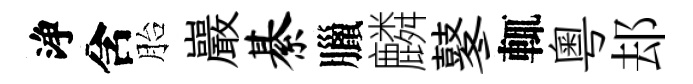
浄含胎巖綦臘麟鼕輒粵𨚫